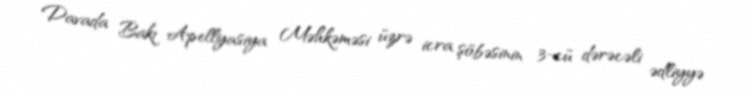
Davada Bakı Apellyasiya Məhkəməsi üzrə icra şöbəsinin 3-cü dərəcəli ədliyyə